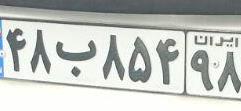
۴۸ب۸۵۴۹۸